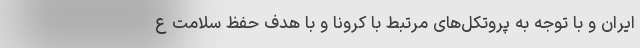
ایران و با توجه به پروتکل‌های مرتبط با کرونا و با هدف حفظ سلامت ع